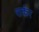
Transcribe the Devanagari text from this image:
शर्कर